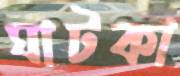
ঘাটকা